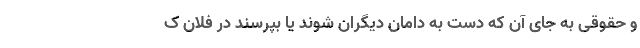
و حقوقی به جای آن که دست به دامان دیگران شوند یا بپرسند در فلان ک